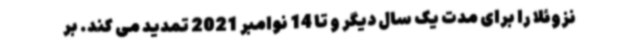
نزوئلا را برای مدت یک سال دیگر و تا 14 نوامبر 2021 تمدید می کند. بر